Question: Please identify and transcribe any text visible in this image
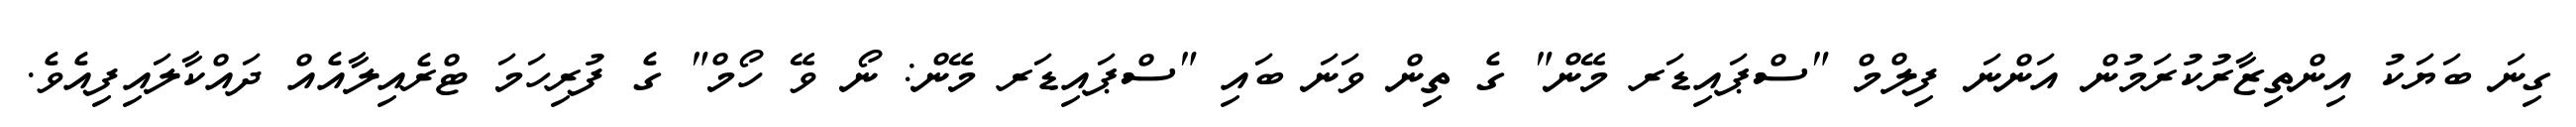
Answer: ގިނަ ބަޔަކު އިންތިޒާރުކުރަމުން އަންނަ ފިލްމް "ސްޕައިޑަރ މޭން" ގެ ތިން ވަނަ ބައި "ސްޕައިޑަރ މޭން: ނޯ ވޭ ހޯމް" ގެ ފުރިހަމަ ޓްރެއިލާއެއް ދައްކާލައިފިއެވެ.